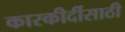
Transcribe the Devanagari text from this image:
कारकीर्दीसाठी